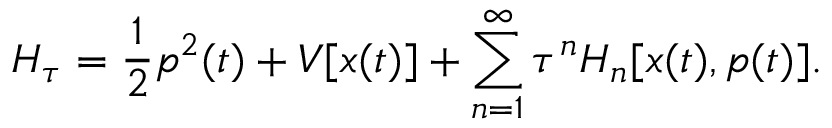
H _ { \tau } = \frac { 1 } { 2 } p ^ { 2 } ( t ) + V [ x ( t ) ] + \sum _ { n = 1 } ^ { \infty } \tau ^ { n } H _ { n } [ x ( t ) , p ( t ) ] .